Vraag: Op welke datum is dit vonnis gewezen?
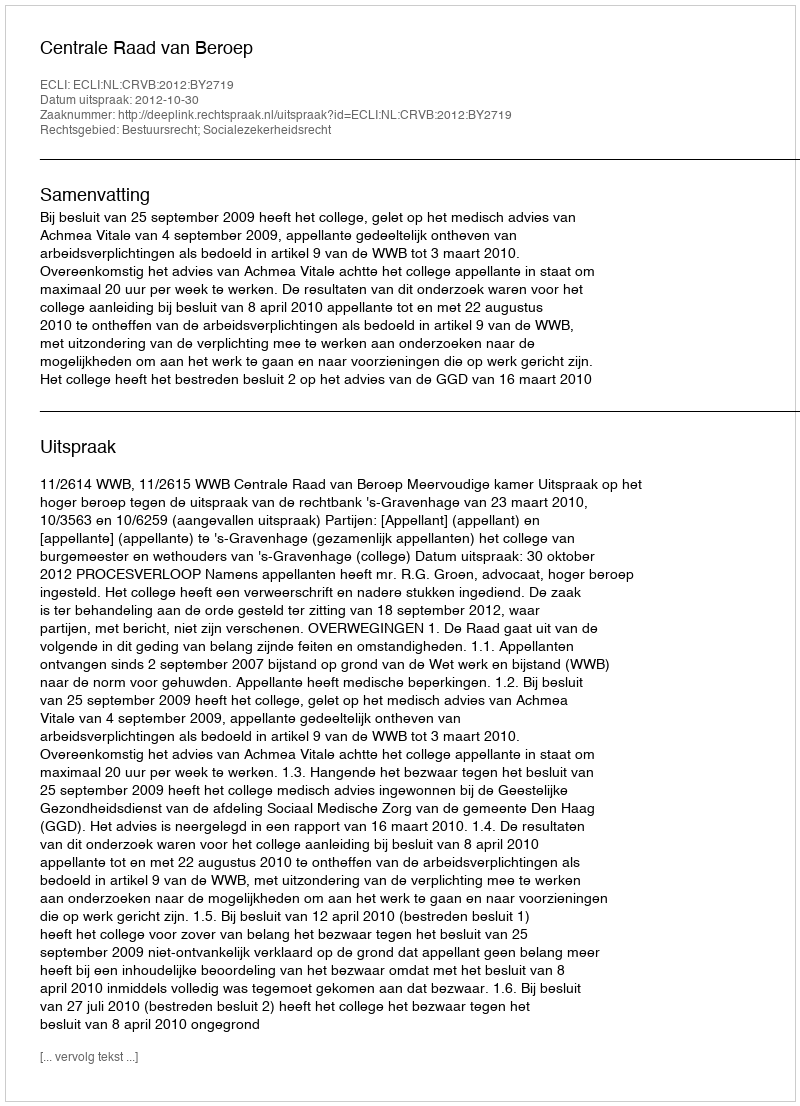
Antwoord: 2012-10-30